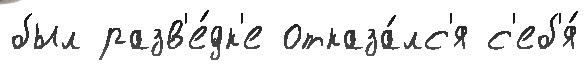
был разв'е́дк'е отказа́лс'я с'еб'я́